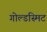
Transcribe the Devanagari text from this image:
गोल्डस्मिट